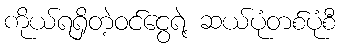
ကိုယ်ရရှိတဲ့ဝင်ငွေရဲ့ ဆယ်ပုံတစ်ပုံစီ